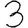
Digit: 3